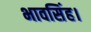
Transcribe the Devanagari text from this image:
भावसिंह।